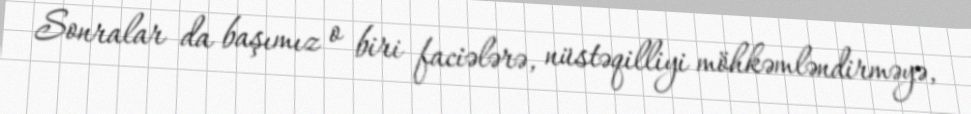
Sonralar da başımız o biri faciələrə, nüstəqilliyi möhkəmləndirməyə,